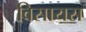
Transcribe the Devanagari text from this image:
विसायस